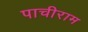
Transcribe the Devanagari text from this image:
पाचीराम